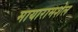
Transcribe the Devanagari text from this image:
मायारामशेल